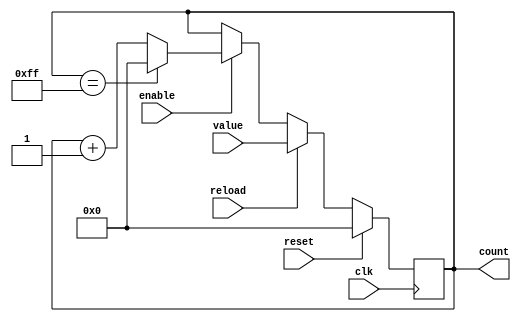
module ModuloN_Up_Counter (
    input wire clk,
    input wire enable,
    input wire reset,
    input wire reload,
    input wire [7:0] value,
    output reg [7:0] count
);

parameter N = 256; // Set the value of N here

always @(posedge clk) begin
    if (reset) begin
        count <= 8'b0;
    end else if (reload) begin
        count <= value;
    end else if (enable) begin
        if (count == N-1) begin
            count <= 8'b0;
        end else begin
            count <= count + 1;
        end
    end
end

endmodule